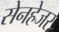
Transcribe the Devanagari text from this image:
सेनहेजर